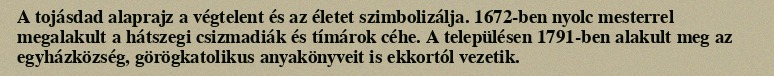
A tojásdad alaprajz a végtelent és az életet szimbolizálja. 1672-ben nyolc mesterrel megalakult a hátszegi csizmadiák és tímárok céhe. A településen 1791-ben alakult meg az egyházközség, görögkatolikus anyakönyveit is ekkortól vezetik.